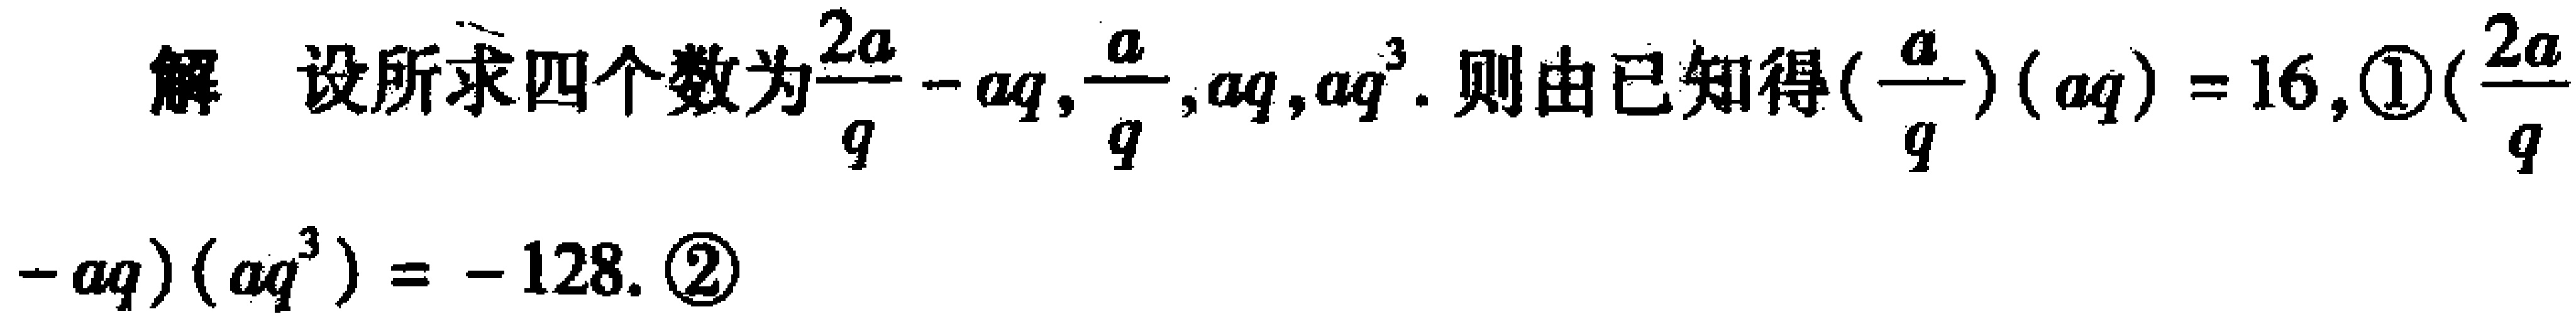
解 设所求四个数为$\frac{2a}{q}-aq,\frac{a}{q},aq,aq^{3}$. 则由已知得$(\frac{a}{q})(aq)=16$,  \textcircled{1}$(\frac{2a}{q}-aq)(aq^{3})=-128$. \textcircled{2}